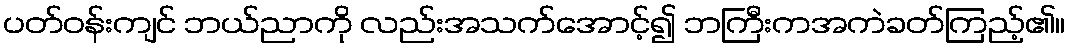
ပတ်ဝန်းကျင် ဘယ်ညာကို လည်းအသက်အောင့်၍ ဘကြီးကအကဲခတ်ကြည့်၏။